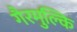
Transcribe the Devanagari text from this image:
गैरमुल्कि